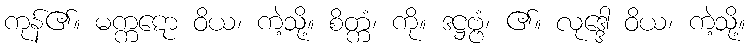
ကုန်၏။ မက္ကဋော ဝိယ၊ ကဲ့သို့။ စိတ္ကံ၊ ကို။ ဒဋ္ဌဗ္ဗံ၊ ၏။ လုဒ္ဒေါ ဝိယ၊ ကဲ့သို့။